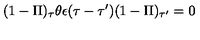
( 1 - \Pi ) _ { \tau } \theta \epsilon ( \tau - \tau ^ { \prime } ) ( 1 - \Pi ) _ { \tau ^ { \prime } } = 0